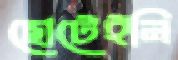
ছোটেইনি